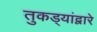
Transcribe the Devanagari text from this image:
तुकड्यांद्वारे